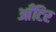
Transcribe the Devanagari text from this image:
आँटिर